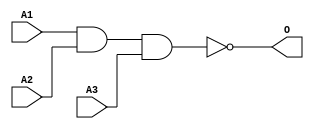
module MJNAND3A(A1, A2, A3, O);
input   A1;
input   A2;
input   A3;
output  O;
nand g0(O, A1, A2, A3);
endmodule